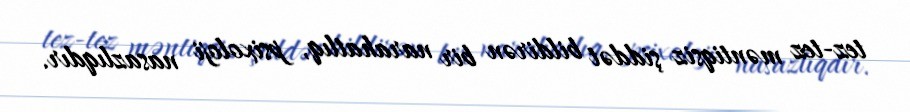
tez-tez məntiqsiz şiddət bildirən bir narahatlıq, psixoloji nasazlıqdır.